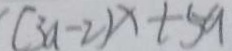
( 3 a - 2 ) x + 5 a